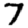
Digit: 7